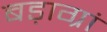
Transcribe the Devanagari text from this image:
बड़ाग्रां